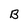
Character: B